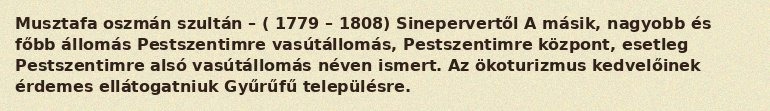
Musztafa oszmán szultán – ( 1779 – 1808) Sinepervertől A másik, nagyobb és főbb állomás Pestszentimre vasútállomás, Pestszentimre központ, esetleg Pestszentimre alsó vasútállomás néven ismert. Az ökoturizmus kedvelőinek érdemes ellátogatniuk Gyűrűfű településre.